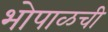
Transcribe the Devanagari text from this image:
भोपाळची